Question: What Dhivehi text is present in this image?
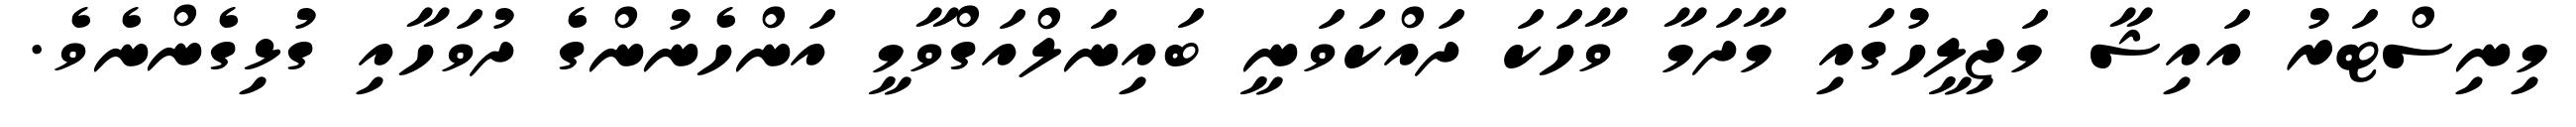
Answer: މިނިސްޓަރު އައިޝާ މަޖިލީހުގައި މާދަމާ ވާހަކަ ދައްކަވަނީ ބައިނަލްއަގްވާމީ އަންހެނުންގެ ދުވަހާއި ގުޅިގެންނެވެ.